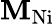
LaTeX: \mathbf{M}_{\mathrm{{Ni}}}